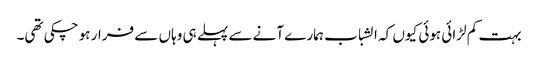
بہت کم لڑائی ہوئی کیوں کہ الشباب ہمارے آنے سے پہلے ہی وہاں سے فرار ہو چکی تھی۔